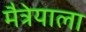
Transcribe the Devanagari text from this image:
मैत्रेयाला